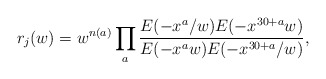
\begin{align*}r_j(w) = w^{n(a)} \prod_a \frac{E(-x^a/w) E(-x^{30+a} w)} {E(-x^a w) E(-x^{30+a}/w)},\end{align*}